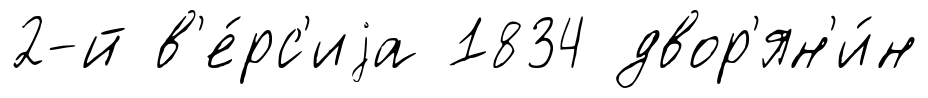
2-й в'е́рс'иjа 1834 двор'ян'и́н